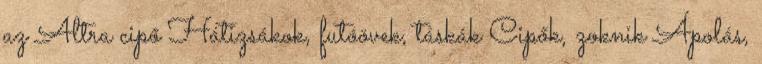
az Altra cipő Hátizsákok, futóövek, táskák Cipők, zoknik Ápolás,